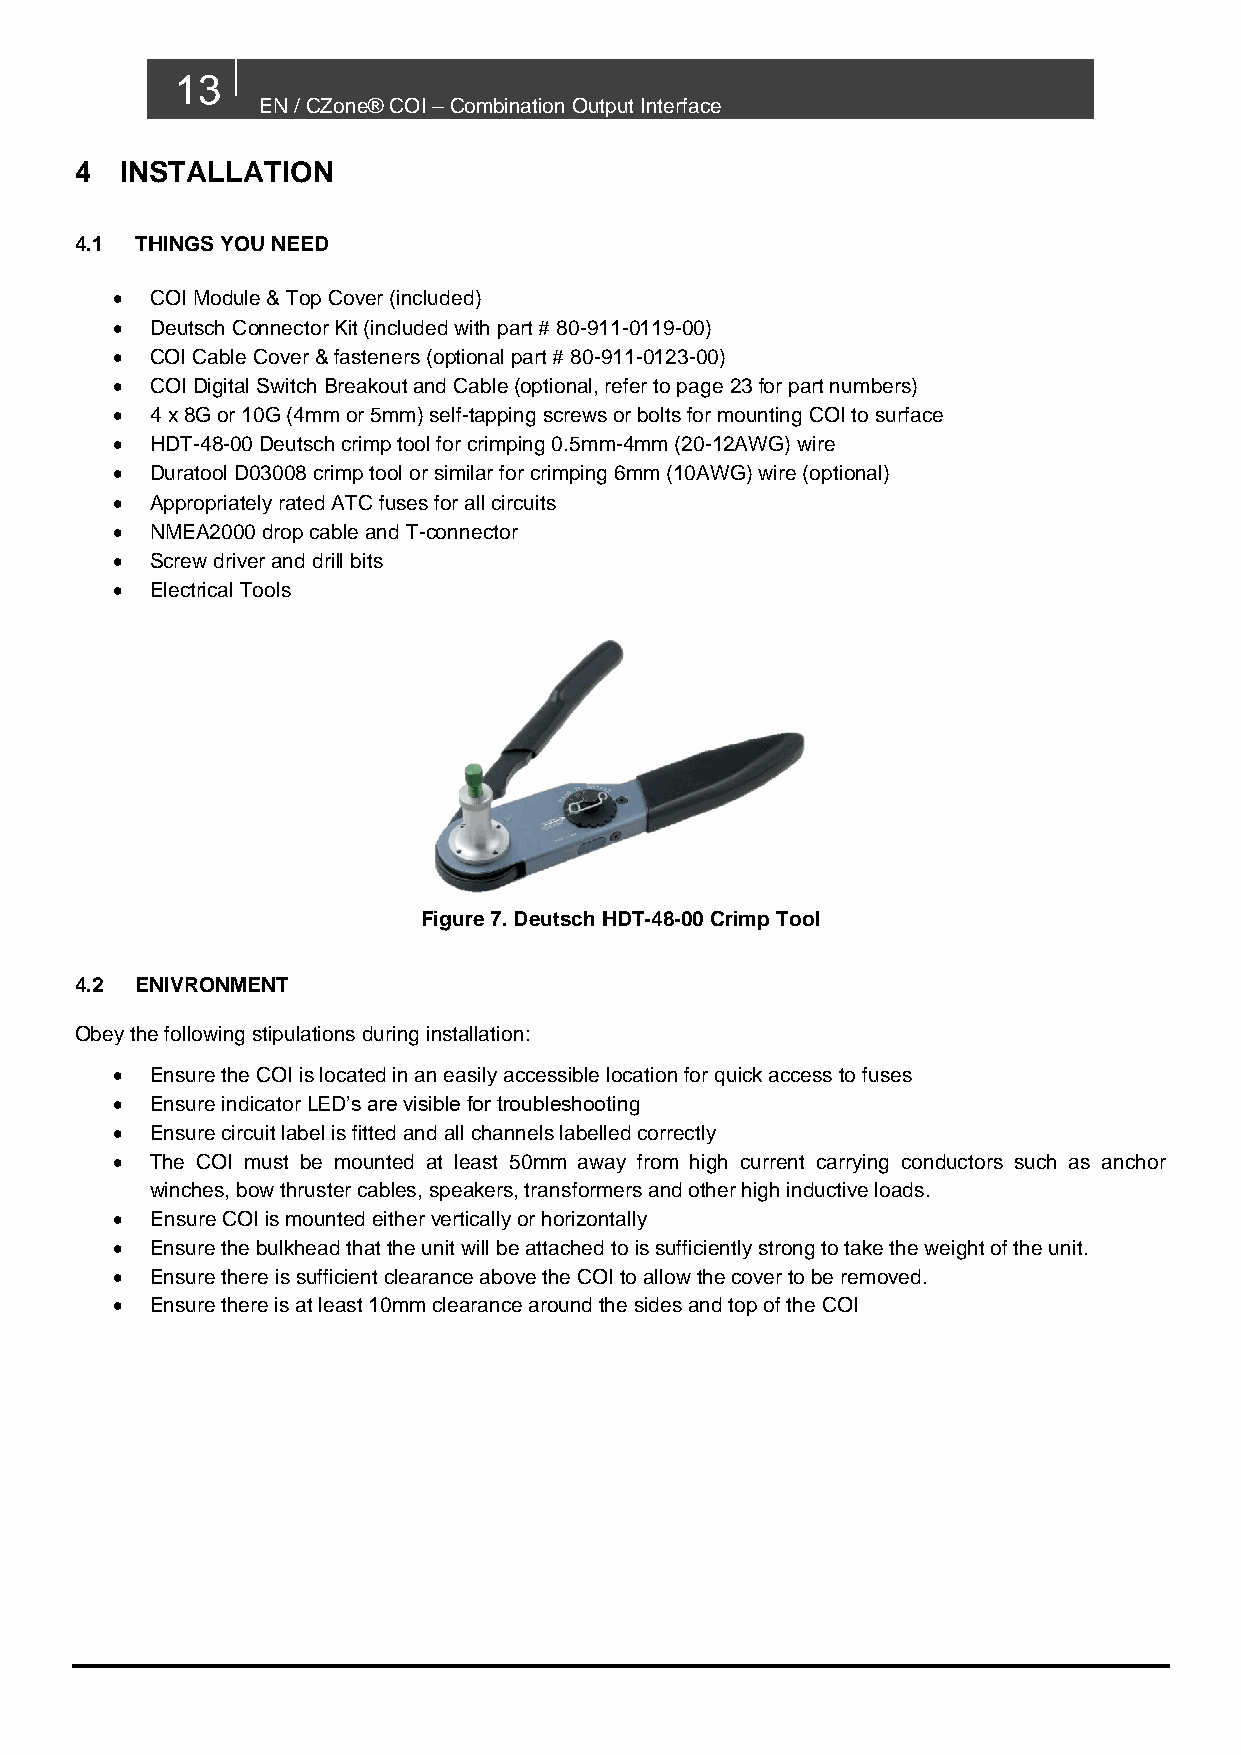
13
 EN / CZone® COI – Combination Output Interface
 4  INSTALLATION
 4.1 THINGS YOU NEED
   COI Module & Top Cover (included)
   Deutsch Connector Kit (included with part # 80-911-0119-00)
   COI Cable Cover & fasteners (optional part # 80-911-0123-00)
   COI Digital Switch Breakout and Cable (optional, refer to page 23 for part numbers)
   4 x 8G or 10G (4mm or 5mm) self-tapping screws or bolts for mounting COI to surface
   HDT-48-00 Deutsch crimp tool for crimping 0.5mm-4mm (20-12AWG) wire
   Duratool D03008 crimp tool or similar for crimping 6mm (10AWG) wire (optional)
   Appropriately rated ATC fuses for all circuits
   NMEA2000 drop cable and T-connector
   Screw driver and drill bits
   Electrical Tools
 Figure 7. Deutsch HDT-48-00 Crimp Tool
 4.2 ENIVRONMENT
 Obey the following stipulations during installation:
   Ensure the COI is located in an easily accessible location for quick access to fuses
   Ensure indicator LED’s are visible for troubleshooting
   Ensure circuit label is fitted and all channels labelled correctly
   The COI must be mounted at least 50mm away from high current carrying conductors such as anchor
 winches, bow thruster cables, speakers, transformers and other high inductive loads.
   Ensure COI is mounted either vertically or horizontally
   Ensure the bulkhead that the unit will be attached to is sufficiently strong to take the weight of the unit.
   Ensure there is sufficient clearance above the COI to allow the cover to be removed.
   Ensure there is at least 10mm clearance around the sides and top of the COI